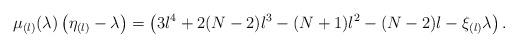
LaTeX: \begin{align*}\mu_{(l)}(\lambda)\left(\eta_{(l)}-\lambda\right)=\left(3l^4+2(N-2)l^3-(N+1)l^2-(N-2)l-\xi_{(l)}\lambda\right).\end{align*}